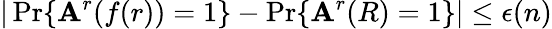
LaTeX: |\operatorname*{Pr}\{ \mathbf{A}^{r}(f(r))=1\} -\operatorname*{Pr}\{ \mathbf{A}^{r}(R)=1\} |\leq\epsilon(n)